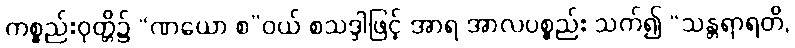
ကစ္စည်းဝုတ္တိ၌ “ဏယော စ”ဝယ် စသဒ္ဒါဖြင့် အာရ အာလပစ္စည်း သက်၍ “သန္တရာရတိ,